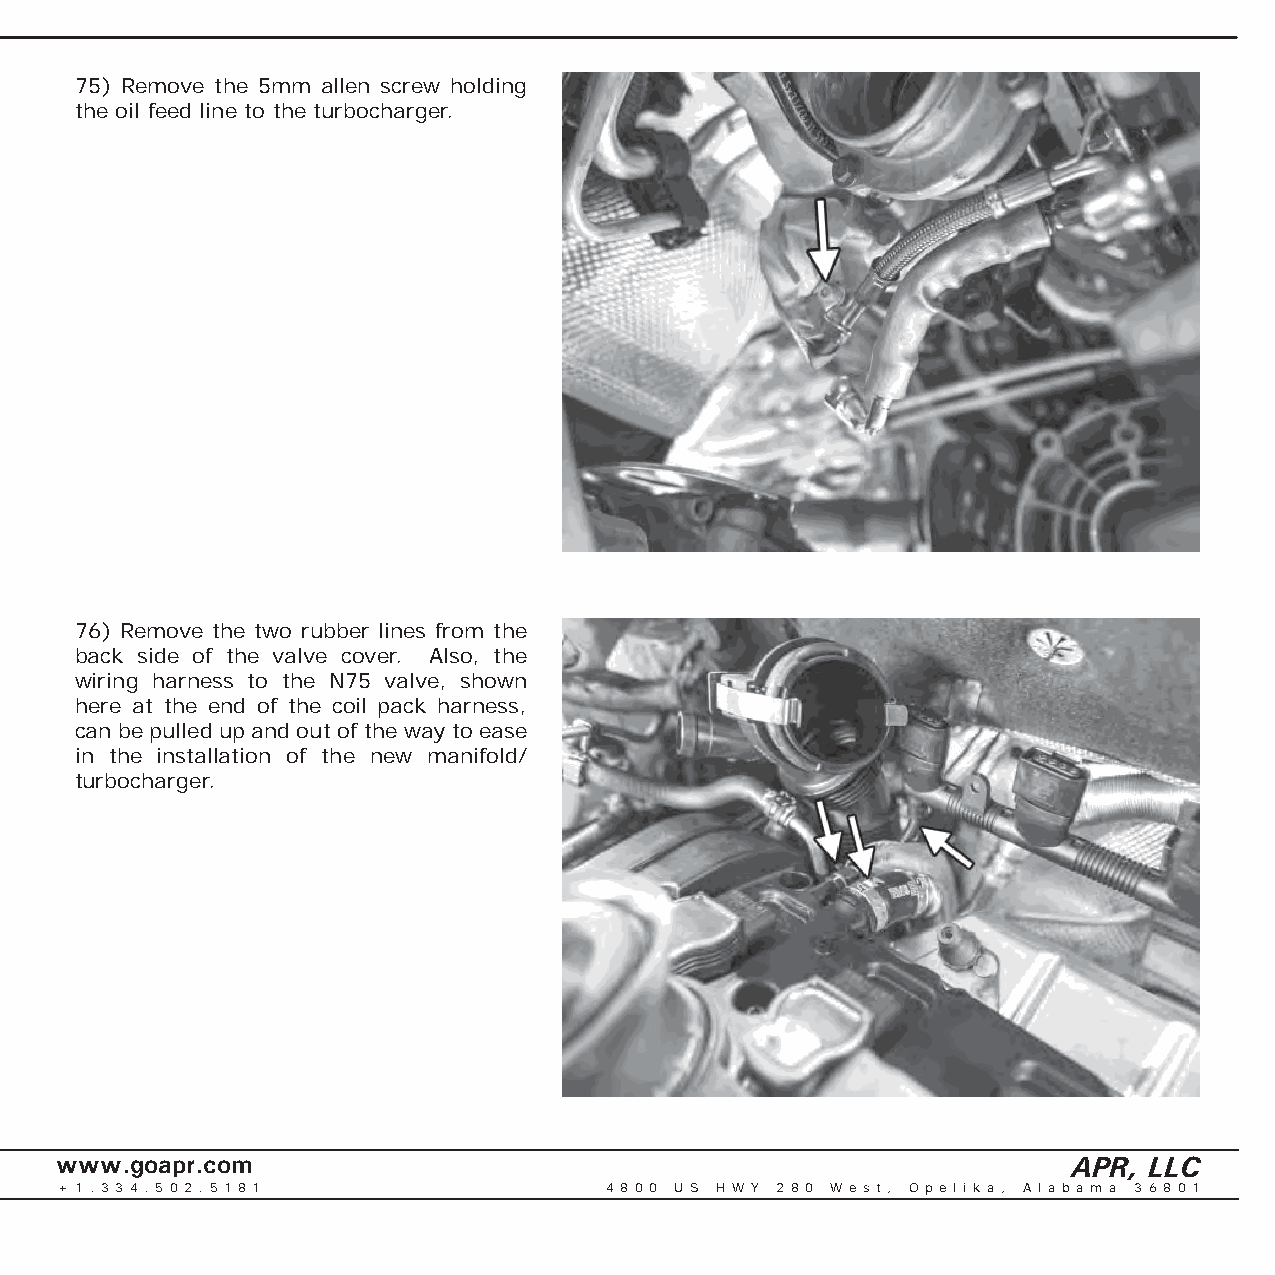
75) Remove the 5mm allen screw holding
 the oil feed line to the turbocharger.
 76) Remove the two rubber lines from the
 back side of the valve cover. Also, the
 wiring harness to the N75 valve, shown
 here at the end of the coil pack harness,
 can be pulled up and out of the way to ease
 in the installation of the new manifold/
 turbocharger.
 www.goapr.com                                                      APR, LLC
 + 1 . 3 3 4 . 5 0 2 . 5 1 8 1       4 8 0 0 U S H W Y 2 8 0 We s t , O p e l i k a , A l a b a m a 3 6 8 0 1